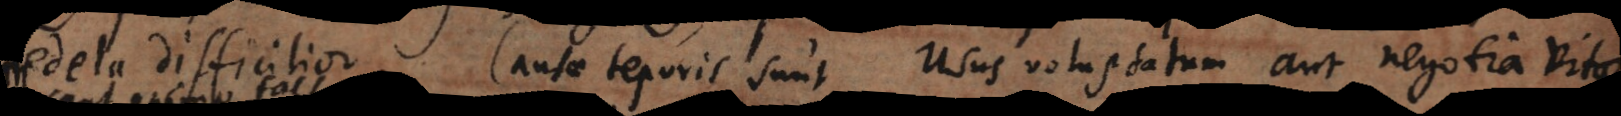
dela difficilior. Causae teporis sunt, usus voluptatum aut negotia vi